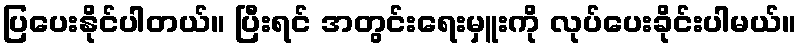
ပြပေးနိုင်ပါတယ်။ ပြီးရင် အတွင်းရေးမှူးကို လုပ်ပေးခိုင်းပါမယ်။